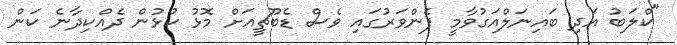
"ކްލަބު އަދި ބައިނަލްއަގުވާމީ ފެންވަރުގައި ވެސް ޑެބޫޗީއަށް މޮޅު ކުޅުން ދެއްކިދާނެ ކަން